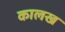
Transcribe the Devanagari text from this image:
कालख